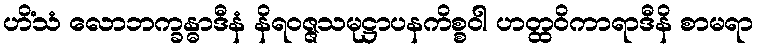
ဟိံသံ လောဘက္ခန္ဓာဒီနံ နိရဝဇ္ဇသမုဋ္ဌာပနကိစ္စဝါ ဟတ္ထဝိကာရာဒီနိ စာမရာ